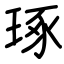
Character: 琢